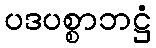
ပဒပစ္စာဘဋ္ဌံ